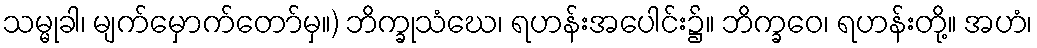
သမ္မုခါ၊ မျက်မှောက်တော်မှ။) ဘိက္ခုသံဃေ၊ ရဟန်းအပေါင်း၌။ ဘိက္ခဝေ၊ ရဟန်းတို့။ အဟံ၊